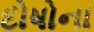
દોષોના